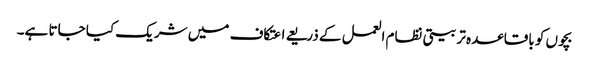
بچوں کو باقاعدہ تربیتی نظام العمل کے ذریعے اعتکاف میں شریک کیا جاتا ہے۔